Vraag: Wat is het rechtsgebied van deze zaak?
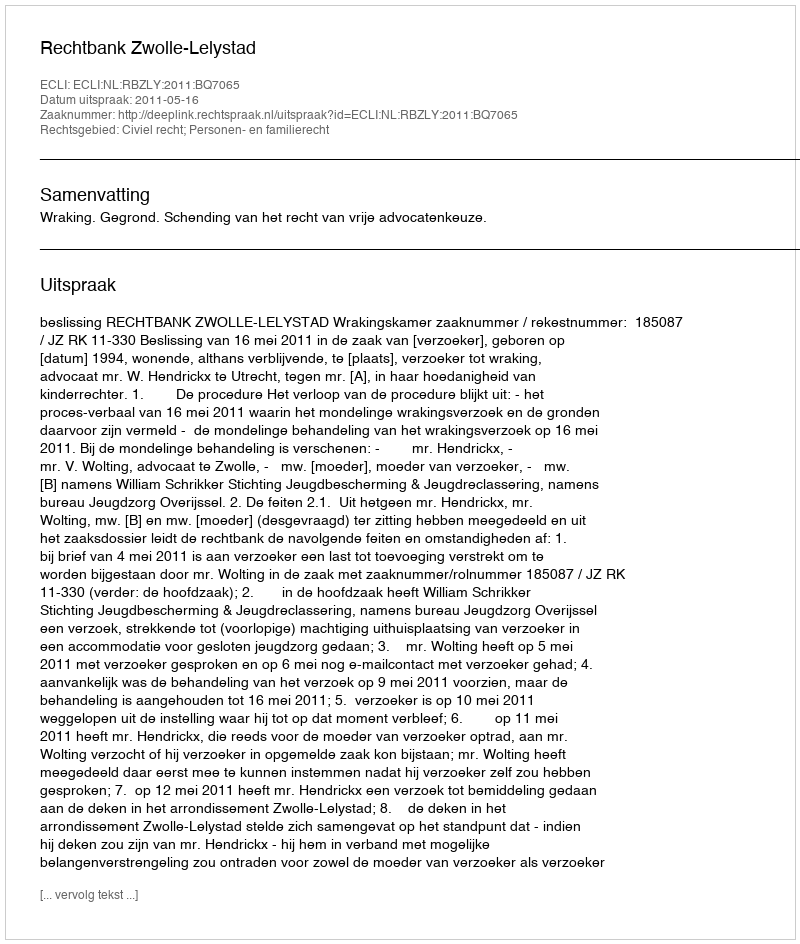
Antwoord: Civiel recht; Personen- en familierecht